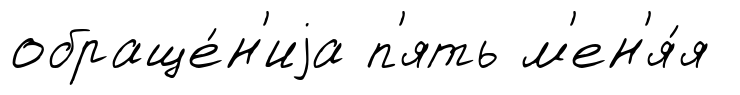
обраще́н'иjа п'ять м'ен'я́я